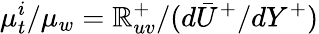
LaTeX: \mu_{t}^{i}/\mu_{w}=\mathbb{R}_{uv}^{+}/(d\bar{{U}}^{+}/dY^{+})